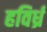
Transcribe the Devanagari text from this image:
हविर्ध्र